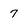
Character: 7